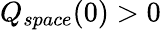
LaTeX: Q_{space}(0)>0